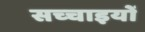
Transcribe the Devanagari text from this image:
सच्‍चाइयों